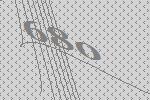
680